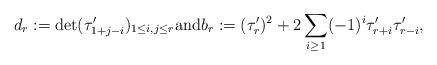
LaTeX: \begin{align*}d_r := \det(\tau_{1+j-i}')_{1 \leq i,j \leq r} \textrm{and} b_r:= (\tau_r')^2 + 2 \sum_{i \geq 1} (-1)^i \tau_{r+i}' \tau_{r-i}', \end{align*}